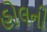
હોલની